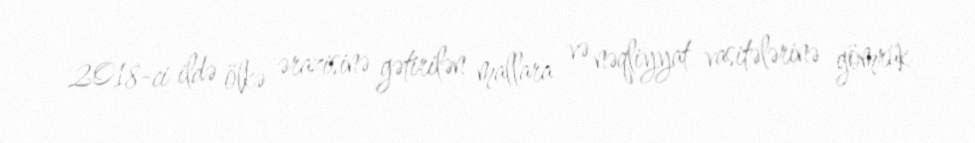
2018-ci ildə ölkə ərazisinə gətirilən mallara və nəqliyyat vasitələrinə gömrük